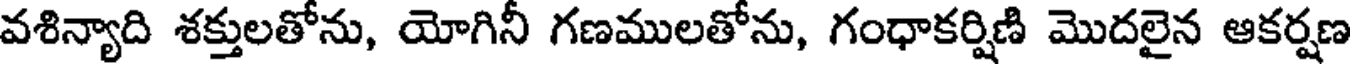
వశిన్యాది శక్తులతోను, యోగినీ గణములతోను, గంధాకర్షిణి మొదలైన ఆకర్షణ